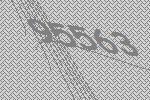
95563